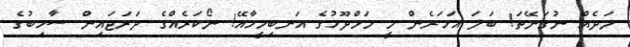
ލަދެއް ނުގަނޭތަ! ބަލަ އަހަރެން މީ މަމްދޫހުގެ އަނބިމީހާއޭ! ނޯކަރެއްގެ ދަރަޖައިން ސާހިބުގެ